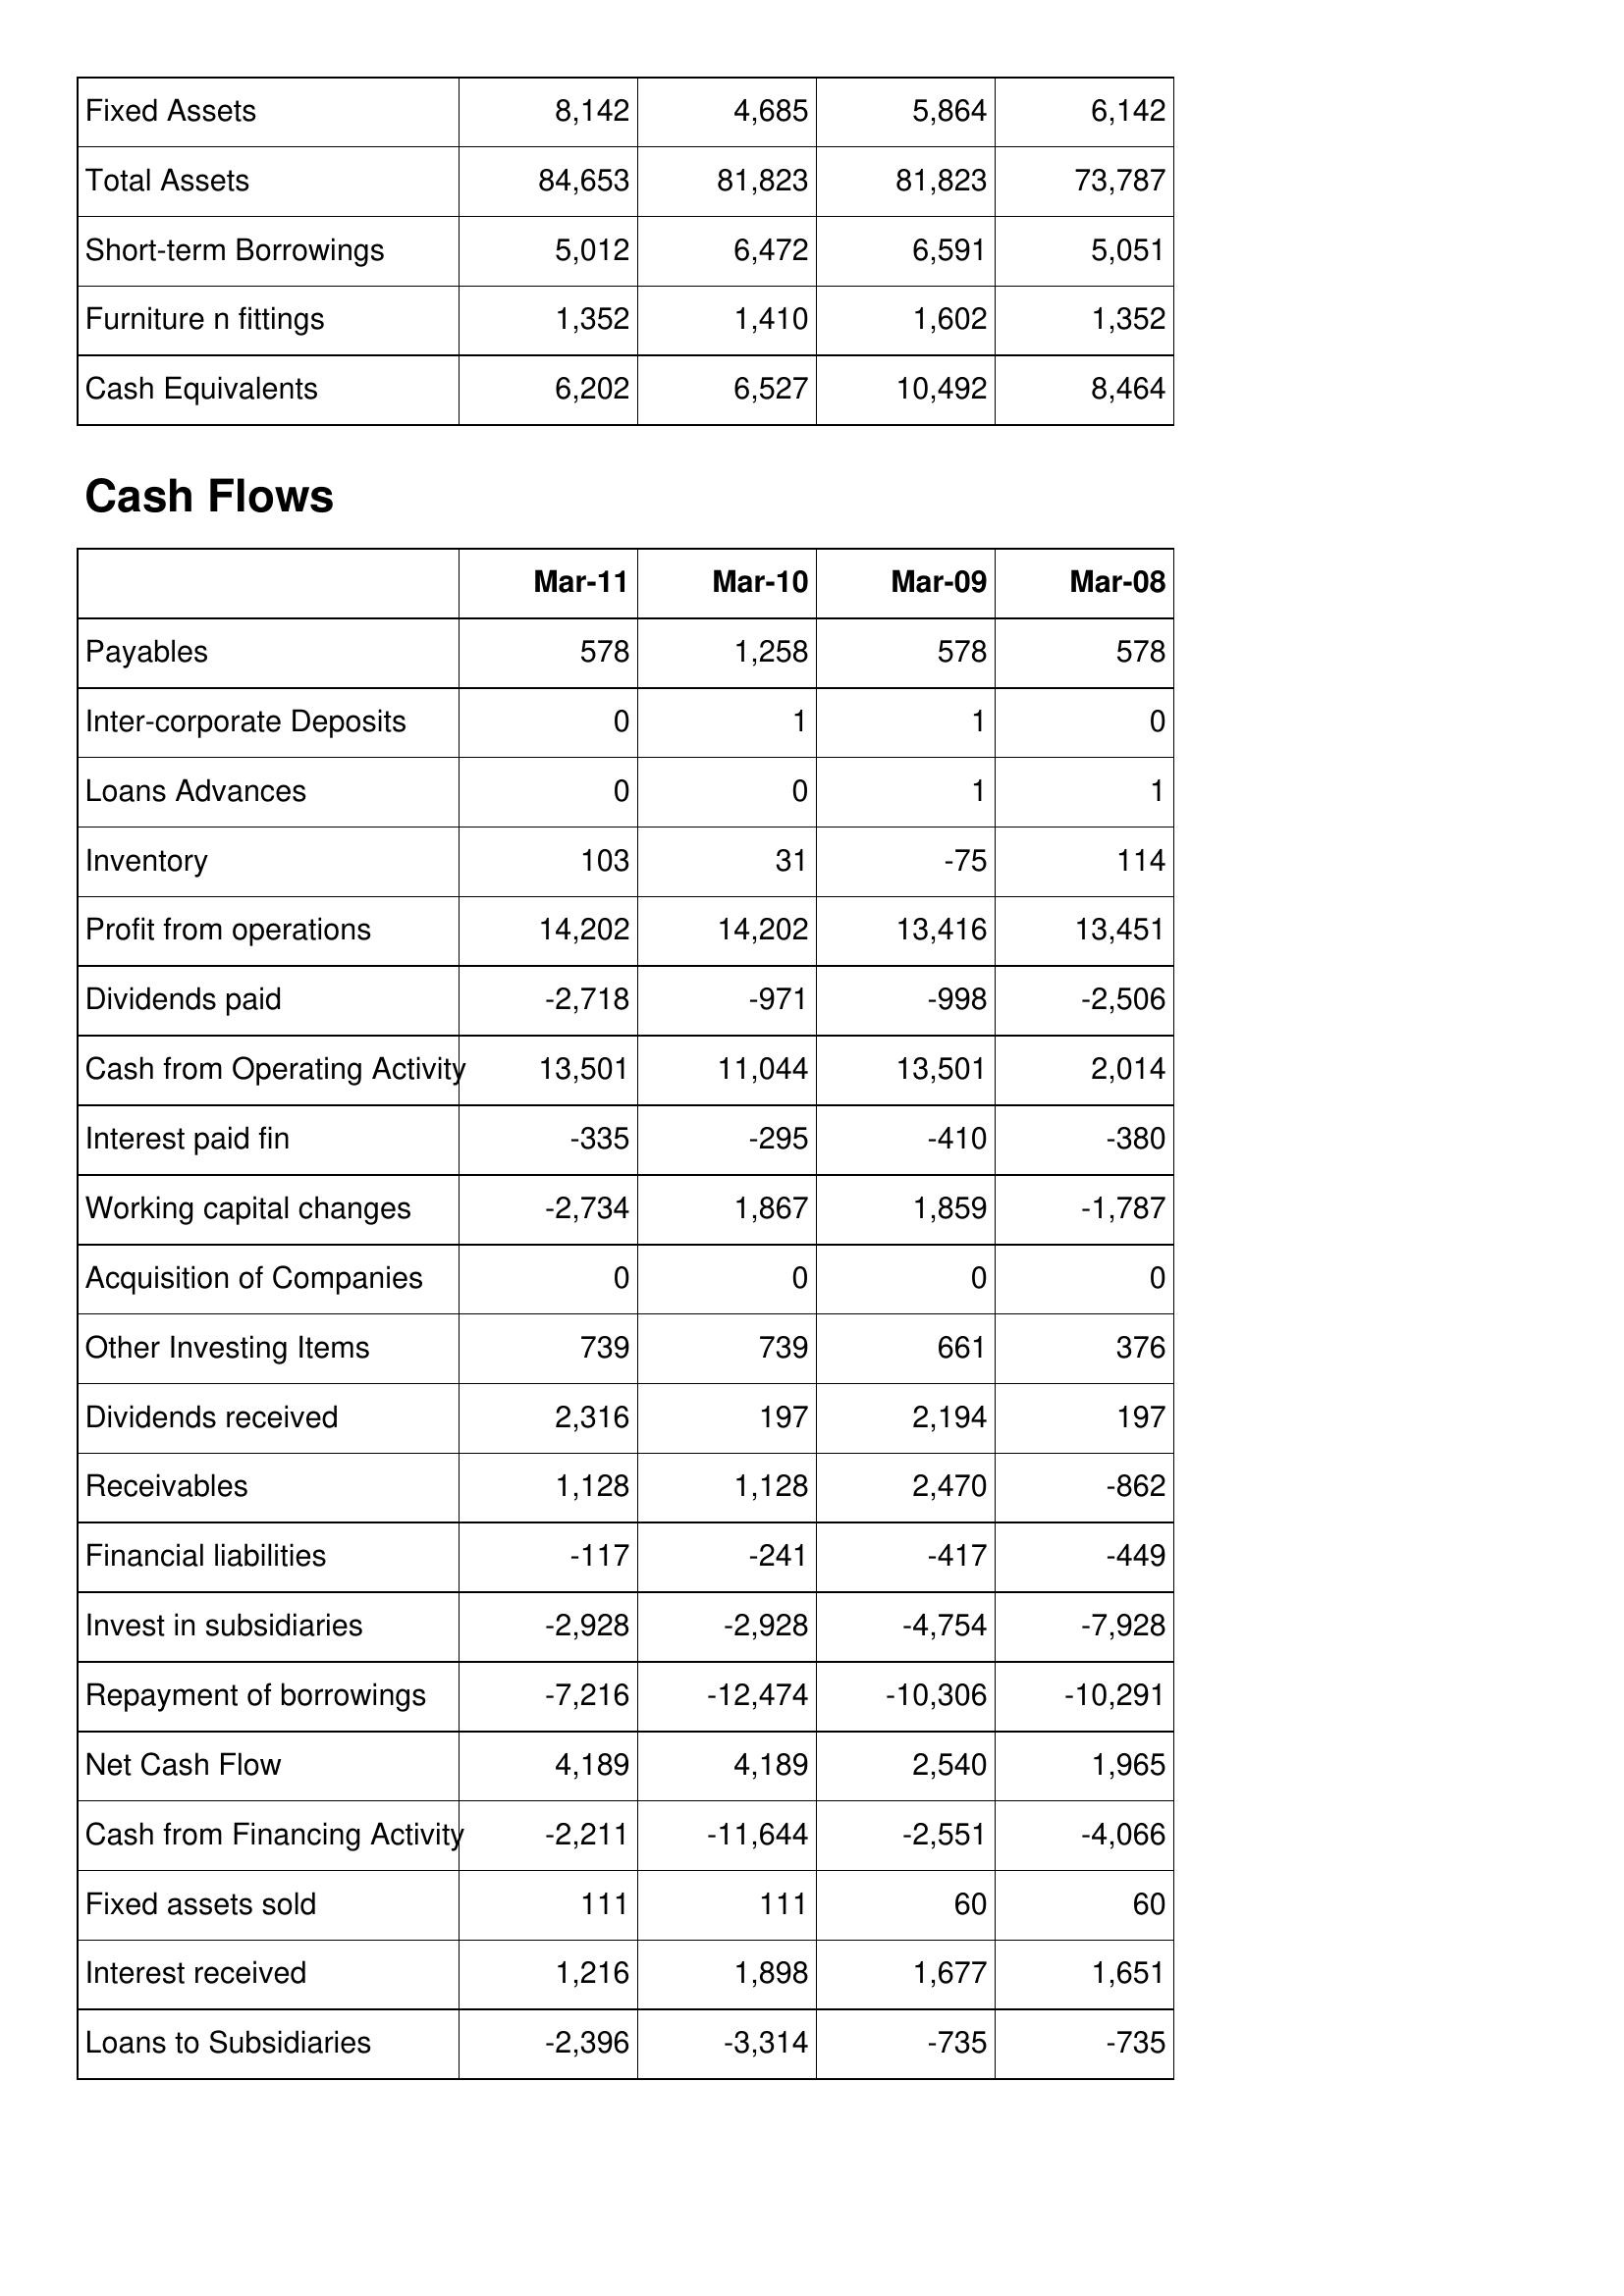
Mar-11: Balance Sheet: Fixed Assets: 8,142
Total Assets: 84,653
Short-term Borrowings: 5,012
Furniture n fittings: 1,352
Cash Equivalents: 6,202
Cash Flows: Payables: 578
Inter-corporate Deposits: 0
Loans Advances: 0
Inventory: 103
Profit from operations: 14,202
Dividends paid: -2,718
Cash from Operating Activity: 13,501
Interest paid fin: -335
Working capital changes: -2,734
Acquisition of Companies: 0
Other Investing Items: 739
Dividends received: 2,316
Receivables: 1,128
Financial liabilities: -117
Invest in subsidiaries: -2,928
Repayment of borrowings: -7,216
Net Cash Flow: 4,189
Cash from Financing Activity: -2,211
Fixed assets sold: 111
Interest received: 1,216
Loans to Subsidiaries: -2,396
Mar-10: Balance Sheet: Fixed Assets: 4,685
Total Assets: 81,823
Short-term Borrowings: 6,472
Furniture n fittings: 1,410
Cash Equivalents: 6,527
Cash Flows: Payables: 1,258
Inter-corporate Deposits: 1
Loans Advances: 0
Inventory: 31
Profit from operations: 14,202
Dividends paid: -971
Cash from Operating Activity: 11,044
Interest paid fin: -295
Working capital changes: 1,867
Acquisition of Companies: 0
Other Investing Items: 739
Dividends received: 197
Receivables: 1,128
Financial liabilities: -241
Invest in subsidiaries: -2,928
Repayment of borrowings: -12,474
Net Cash Flow: 4,189
Cash from Financing Activity: -11,644
Fixed assets sold: 111
Interest received: 1,898
Loans to Subsidiaries: -3,314
Mar-09: Balance Sheet: Fixed Assets: 5,864
Total Assets: 81,823
Short-term Borrowings: 6,591
Furniture n fittings: 1,602
Cash Equivalents: 10,492
Cash Flows: Payables: 578
Inter-corporate Deposits: 1
Loans Advances: 1
Inventory: -75
Profit from operations: 13,416
Dividends paid: -998
Cash from Operating Activity: 13,501
Interest paid fin: -410
Working capital changes: 1,859
Acquisition of Companies: 0
Other Investing Items: 661
Dividends received: 2,194
Receivables: 2,470
Financial liabilities: -417
Invest in subsidiaries: -4,754
Repayment of borrowings: -10,306
Net Cash Flow: 2,540
Cash from Financing Activity: -2,551
Fixed assets sold: 60
Interest received: 1,677
Loans to Subsidiaries: -735
Mar-08: Balance Sheet: Fixed Assets: 6,142
Total Assets: 73,787
Short-term Borrowings: 5,051
Furniture n fittings: 1,352
Cash Equivalents: 8,464
Cash Flows: Payables: 578
Inter-corporate Deposits: 0
Loans Advances: 1
Inventory: 114
Profit from operations: 13,451
Dividends paid: -2,506
Cash from Operating Activity: 2,014
Interest paid fin: -380
Working capital changes: -1,787
Acquisition of Companies: 0
Other Investing Items: 376
Dividends received: 197
Receivables: -862
Financial liabilities: -449
Invest in subsidiaries: -7,928
Repayment of borrowings: -10,291
Net Cash Flow: 1,965
Cash from Financing Activity: -4,066
Fixed assets sold: 60
Interest received: 1,651
Loans to Subsidiaries: -735